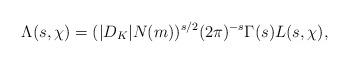
LaTeX: \begin{align*} \Lambda(s, \chi) = (|D_K|N(m))^{s/2}(2\pi)^{-s}\Gamma(s)L(s, \chi),\end{align*}